Leaving Certificate Examination (including Day School Certificate (Higher) General paper), 1934
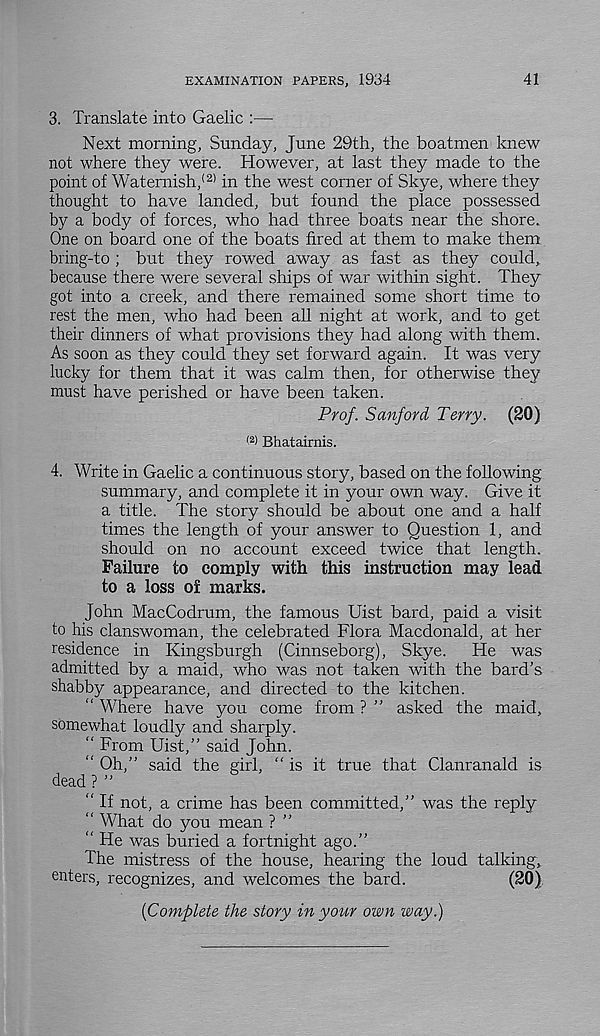
EXAMINATION PAPERS, 1934
41
3. Translate into Gaelic :—
Next morning, Sunday, June 29th, the boatmen knew
not where they were. However, at last they made to the
point of Waternish, (2) in the west corner of Skye, where they
thought to have landed, but found the place possessed
by a body of forces, who had three boats near the shore.
One on board one of the boats fired at them to make them
bring-to ; but they rowed away as fast as they could,
because there were several ships of war within sight. They
got into a creek, and there remained some short time to
rest the men, who had been all night at work, and to get
their dinners of what provisions they had along with them.
As soon as they could they set forward again. It was very
lucky for them that it was calm then, for otherwise they
must have perished or have been taken.
Prof. Sanford Terry. (20)
< 2 ) Bhatairnis.
4. Write in Gaelic a continuous story, based on the following
summary, and complete it in your own way. Give it
a title. The story should be about one and a half
times the length of your answer to Question 1, and
should on no account exceed twice that length.
Failure to comply with this instruction may lead
to a loss of marks.
John MacCodrum, the famous Uist bard, paid a visit
to his clanswoman, the celebrated Flora Macdonald, at her
residence in Kingsburgh (Cinnseborg), Skye.
He was
admitted by a maid, who was not taken with the bard’s
shabby appearance, and directed to the kitchen.
“ Where have you come from ? ” asked the maid,
somewhat loudly and sharply.
“ From Uist,” said John.
“ Oh,” said the girl, “is it true that Clanranald is
dead ? ”
“ If not, a crime has been committed,” was the reply
“ What do you mean ? ”
“ He was buried a fortnight ago.”
The mistress of the house, hearing the loud talking,
enters, recognizes, and welcomes the bard.
(20)
[Complete the story in your own way.)